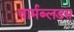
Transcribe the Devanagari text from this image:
वार्मब्लडस